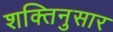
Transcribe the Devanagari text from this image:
शक्तिनुसार